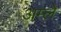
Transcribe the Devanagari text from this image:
अम्‍ले